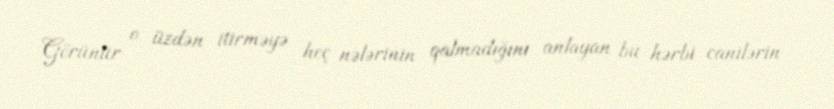
Görünür o üzdən itirməyə heç nələrinin qalmadığını anlayan bu hərbi canilərin